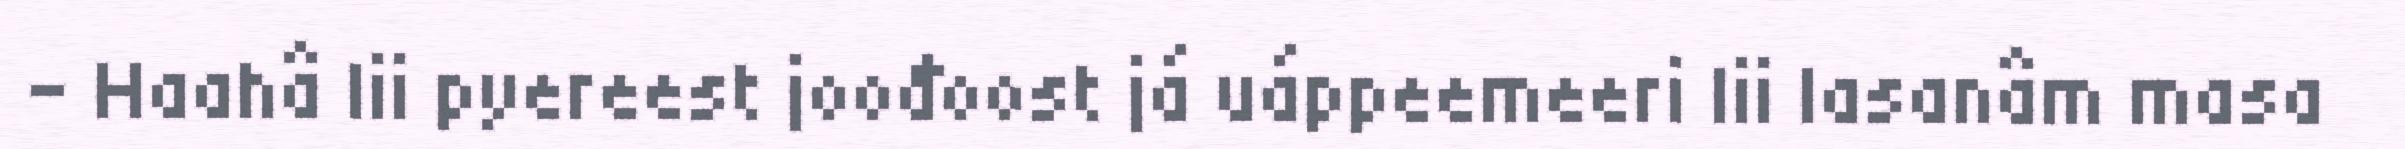
– Haahâ lii pyereest joođoost já uáppeemeeri lii lasanâm masa